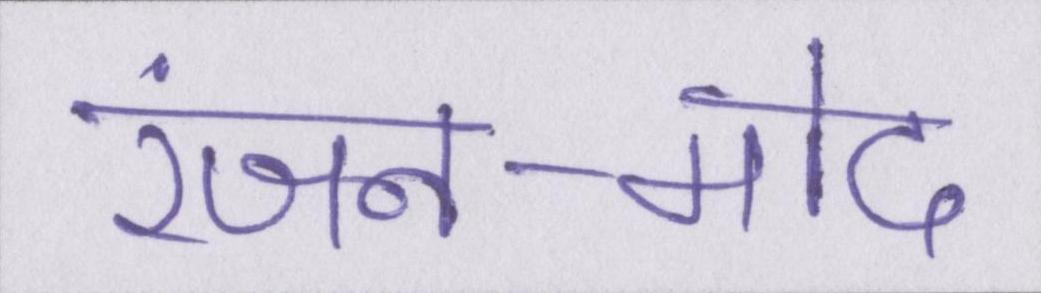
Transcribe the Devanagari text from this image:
रंजन-मोद